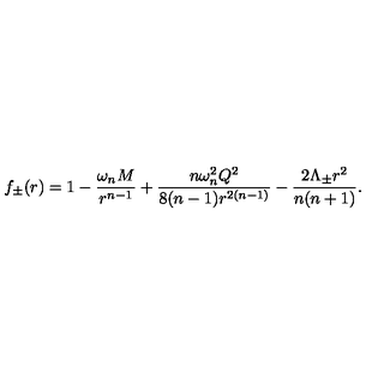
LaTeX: f _ { \pm } ( r ) = 1 - \frac { \omega _ { n } M } { r ^ { n - 1 } } + \frac { n \omega _ { n } ^ { 2 } Q ^ { 2 } } { 8 ( n - 1 ) r ^ { 2 ( n - 1 ) } } - \frac { 2 \Lambda _ { \pm } r ^ { 2 } } { n ( n + 1 ) } .